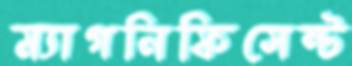
ম্যাগনিফিসেন্ট